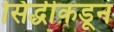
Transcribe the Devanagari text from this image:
सिद्धीकडून